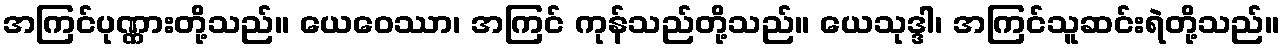
အကြင်ပုဏ္ဏားတို့သည်။ ယေဝေဿာ၊ အကြင် ကုန်သည်တို့သည်။ ယေသုဒ္ဒါ၊ အကြင်သူဆင်းရဲတို့သည်။